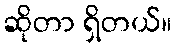
ဆိုတာ ရှိတယ်။